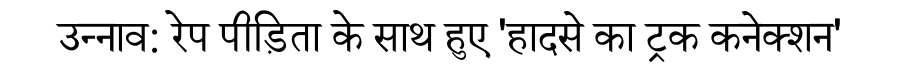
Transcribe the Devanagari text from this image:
उन्नाव: रेप पीड़िता के साथ हुए 'हादसे का ट्रक कनेक्शन'